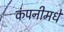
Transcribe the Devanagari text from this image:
कंपनीमधे